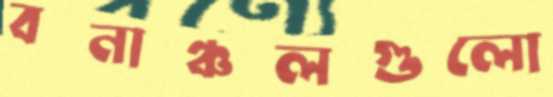
বনাঞ্চলগুলো